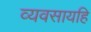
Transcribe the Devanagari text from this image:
व्यवसायहि